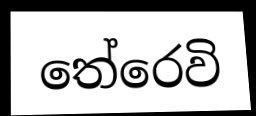
තේරෙවි